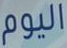
اليوم